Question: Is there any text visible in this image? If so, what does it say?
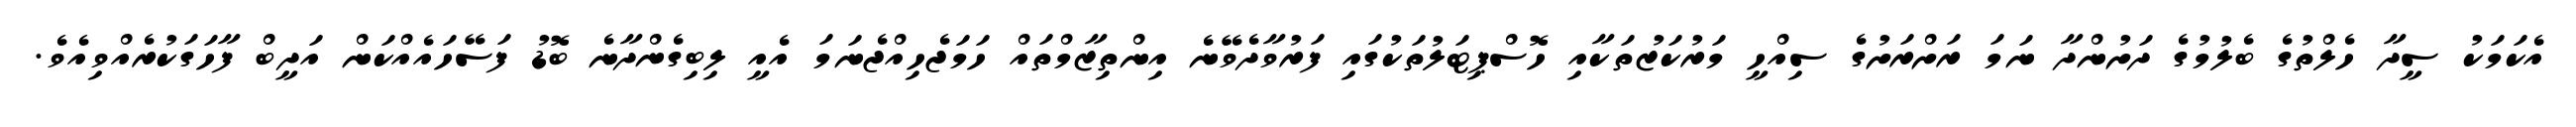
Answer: އެކަމަކު ސީދާ ހެލްތުގެ ބެލުމުގެ ދަށުންދާ ނަމަ ރަށްރަށުގެ ސިއްހީ މަރުކަޒުތަކާއި ހޮސްޕިޓަލުތަކުގައި ފަރުވާދެވޭނެ އިންތިޒާމްތައް ހަމަޖެހިއްޖެނަމަ އެއީ ލިބިގެންދާނެ ބޮޑު ފަސޭހައެއްކަން އަދީބް ފާހަގަކުރެއްވިއެވެ.